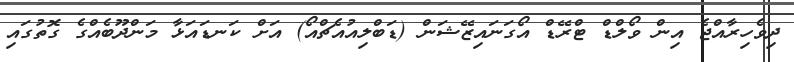
ދިވެހިރާއްޖެ އިން ވޯލްޑް ޓްރޭޑް އޯގަނައިޒޭޝަން (ޑަބްލިއުއެޗްއޯ) އަށް ކަނޑައަޅާ މަންދޫބެއްގެ ގޮތުގައި